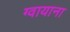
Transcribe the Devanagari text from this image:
ग्वायाना